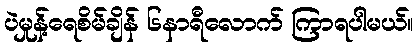
ပဲမှုန့်ရေစိမ်ချိန် ၆နာရီလောက် ကြာရပါမယ်။